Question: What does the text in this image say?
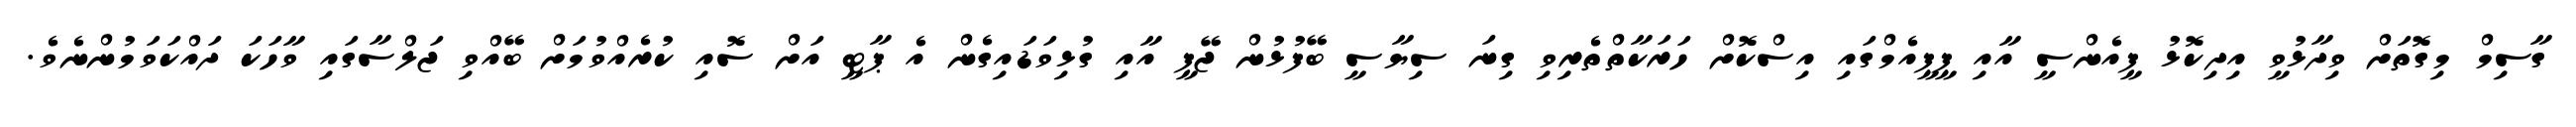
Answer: ގާސިމް މިގޮތަށް ވިދާޅުވީ އިދިކޮޅު ޕީއެންސީ އާއި ޕީޕީއެމްގައި އިސްކޮށް ހަރަކާތްތެރިވި ގިނަ ސިޔާސީ ބޭފުޅުން ޖޭޕީ އާއި ގުޅިވަޑައިގެން އެ ޕާޓީ އަށް ސޮއި ކުރެއްވުމަށް ބޭއްވި ޖަލްސާގައި ވާހަކަ ދައްކަވަމުންނެވެ.